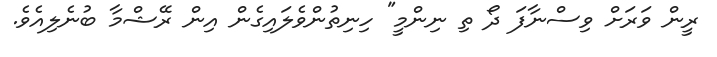
ރީން ވަރަށް ވިސްނާފަ ދޯ ތި ނިންމީ" ހިނިތުންވެލައިގެން އިން ރޭޝްމާ ބުނެލިއެވެ.